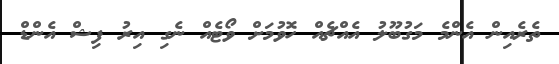
ތެރެއިން އެންމެ މަގުބޫލު އެއްޗެއް ހޮވުމަށް ވޯޓެއް ނެގި އިރު ފިޝް އެންޑް